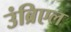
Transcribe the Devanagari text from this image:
उंब्रिएल